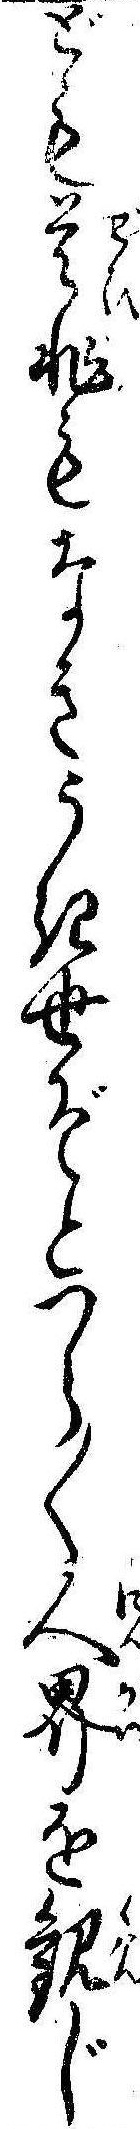
ども是非もなきうき世ぞとつら〱人界を観じ